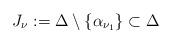
LaTeX: \begin{align*}J_\nu := \Delta \setminus \{\alpha_{\nu_1}\} \subset \Delta\end{align*}